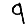
Digit: 9